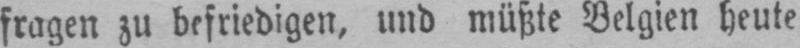
fragen zu befriedigen, und müßte Belgien heute